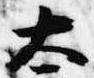
太